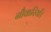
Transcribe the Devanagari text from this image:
नौकरियाँ।